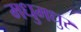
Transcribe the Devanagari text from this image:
मधुमधुर